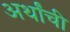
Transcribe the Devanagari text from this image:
अर्थांची